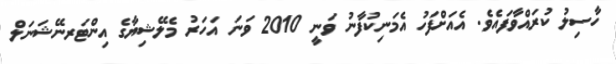
ހާސިލު ކުރައްވާފައެވެ. އެއަށްފަހު އެމަނިކުފާނު ވަނީ 2010 ވަނަ އަހަރު މެލޭޝިޔާގެ އިންޓަރނޭޝަނަލް